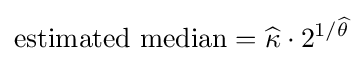
{\mbox{estimated median}}={\widehat {\kappa }}\cdot 2^{1/{\widehat {\theta }}}